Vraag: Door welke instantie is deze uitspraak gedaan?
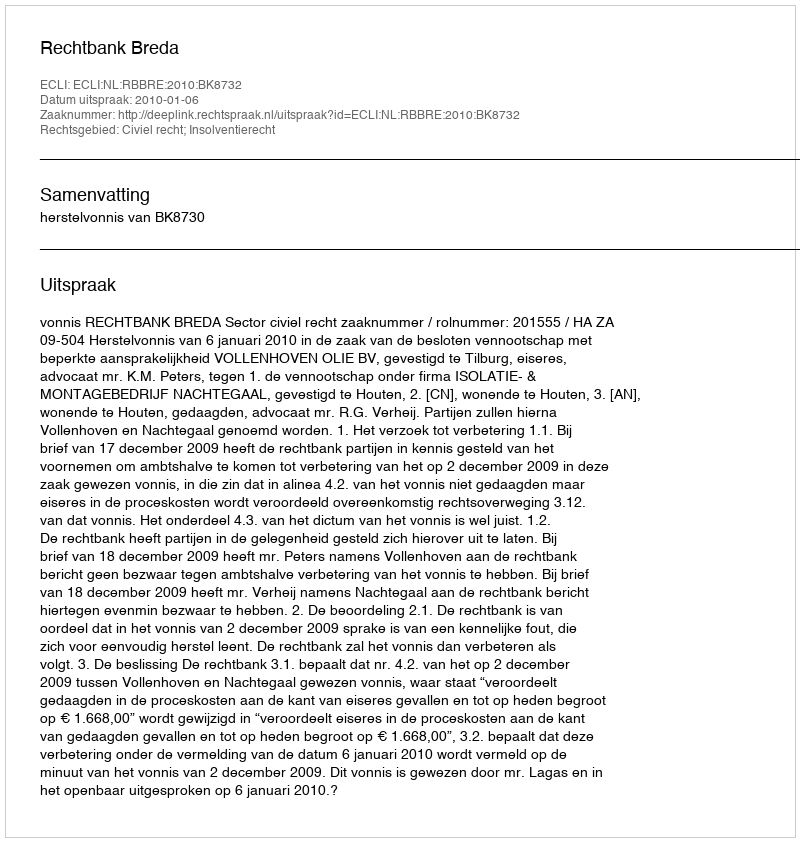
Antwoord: Rechtbank Breda